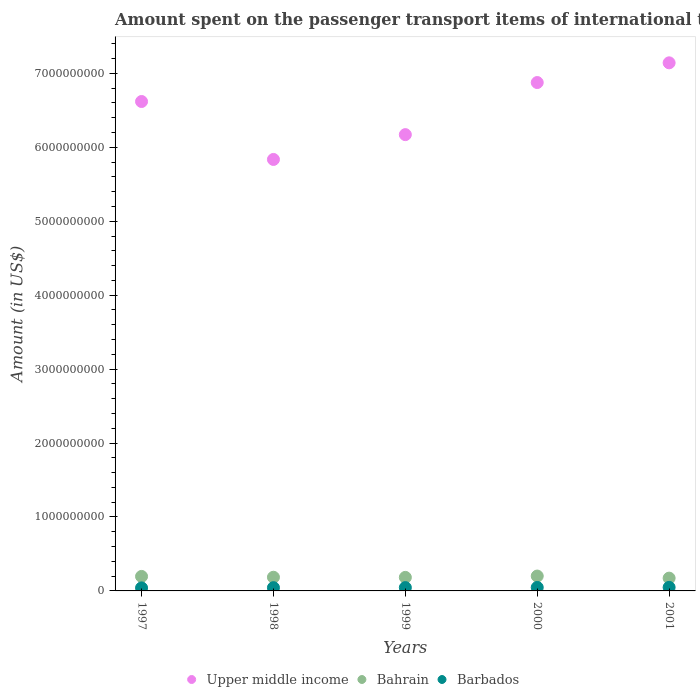
| Years | Upper middle income | Bahrain | Barbados |
 | --- | --- | --- | --- |
 | 1997 | 6.62e+09 | 1.96e+08 | 4.1e+07 |
 | 1998 | 5.84e+09 | 1.85e+08 | 4.4e+07 |
 | 1999 | 6.17e+09 | 1.83e+08 | 4.5e+07 |
 | 2000 | 6.88e+09 | 2.01e+08 | 4.7e+07 |
 | 2001 | 7.14e+09 | 1.73e+08 | 4.8e+07 |